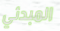
المبدئي